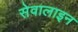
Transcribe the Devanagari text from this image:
सेवालाइन